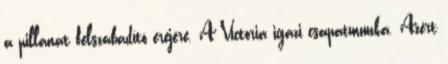
a pillanat felszabadító erejére. A Victoria igazi csapatmunka. Azért